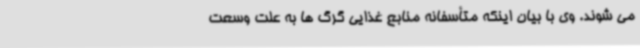
می شوند. وی با بیان اینکه متأسفانه منابع غذایی گرگ ها به علت وسعت